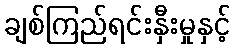
ချစ်ကြည်ရင်းနှီးမှုနှင့်